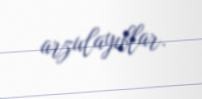
arzulayıblar.